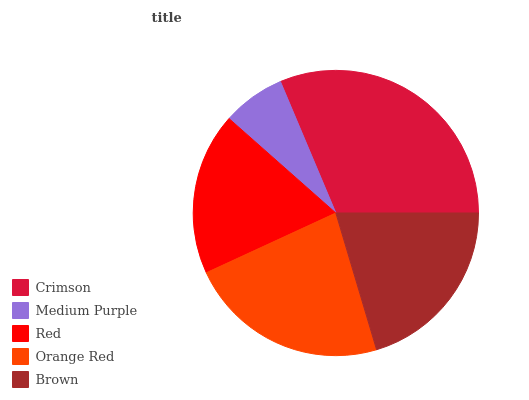
| Crimson | Medium Purple | Red | Orange Red | Brown |
 | --- | --- | --- | --- | --- |
 | 31.3% | 7.12% | 18.4% | 22.7% | 20.4% |